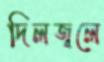
দিলজ্বলে